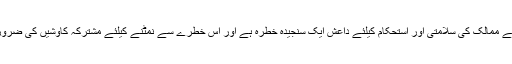
خطے کے ممالک کی سلامتی اور استحکام کیلئے داعش ایک سنجیدہ خطرہ ہے اور اس خطرے سے نمٹنے کیلئے مشترکہ کاوشیں کی ضرورت ہے۔